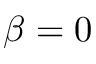
\beta = 0